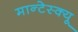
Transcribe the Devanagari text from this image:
मान्टेस्क्यू